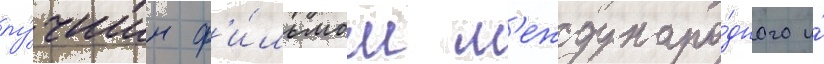
лу́чшим ф'и́льмом м'еждунаро́дного и́